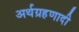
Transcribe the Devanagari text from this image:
अर्थग्रहणादी